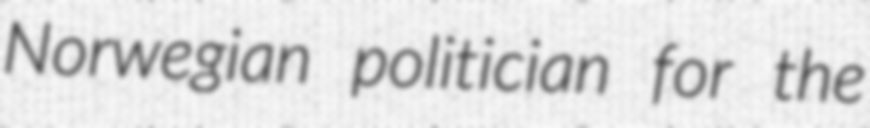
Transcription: Norwegian politician for the